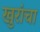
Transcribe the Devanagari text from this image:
खुरांचा